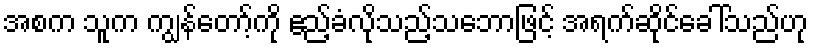
အစက သူက ကျွန်တော့်ကို ဧည့်ခံလိုသည့်သဘောဖြင့် အရက်ဆိုင်ခေါ်သည်ဟု